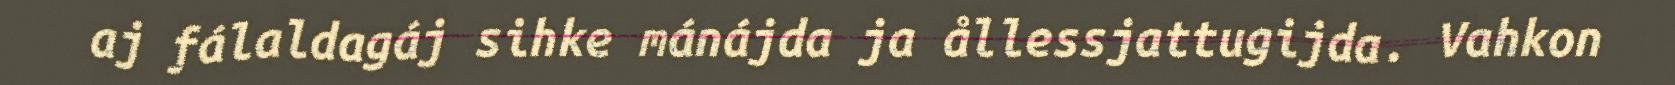
aj fálaldagáj sihke mánájda ja ållessjattugijda. Vahkon